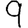
Digit: 9